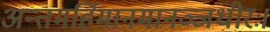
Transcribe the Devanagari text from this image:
अन्तमर्हिमानमानञ्जधीरः।